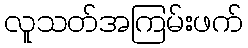
လူသတ်အကြမ်းဖက်